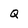
Character: Q